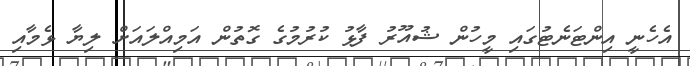
އެހެނީ އިންޓަނެޓުގައި މީހުން ޝުއޫރު ފާޅު ކުރުމުގެ ގޮތުން އަމިއްލައަށް ލިޔާ ޅެމާއި